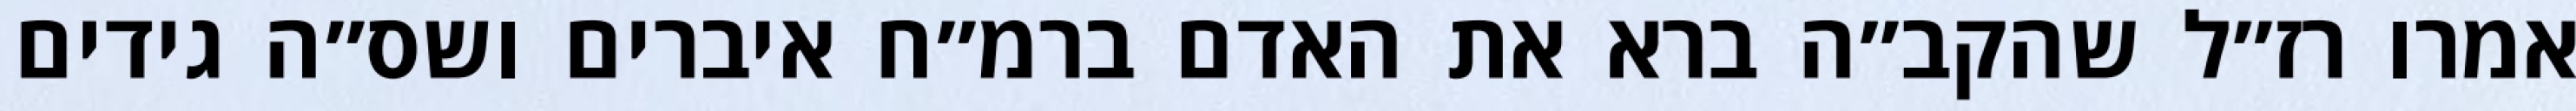
אמרו רז״ל שהקב״ה ברא את האדם ברמ״ח איברים ושס״ה גידים